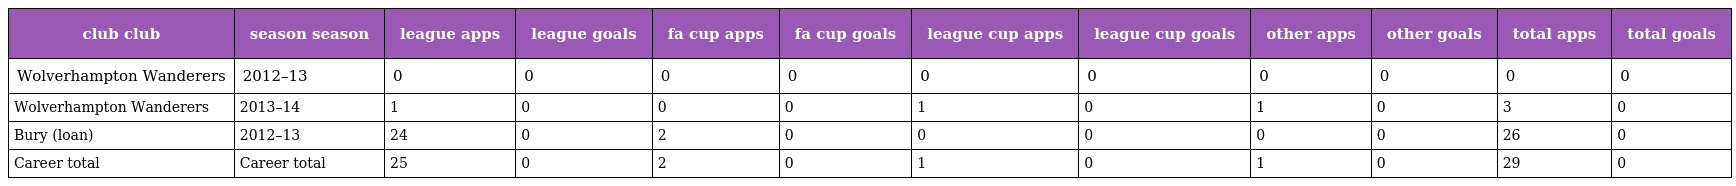
| club club | season season | league apps | league goals | fa cup apps | fa cup goals | league cup apps | league cup goals | other apps | other goals | total apps | total goals |
 | --- | --- | --- | --- | --- | --- | --- | --- | --- | --- | --- | --- |
 | Wolverhampton Wanderers | 2012–13 | 0 | 0 | 0 | 0 | 0 | 0 | 0 | 0 | 0 | 0 |
 | Wolverhampton Wanderers | 2013–14 | 1 | 0 | 0 | 0 | 1 | 0 | 1 | 0 | 3 | 0 |
 | Bury (loan) | 2012–13 | 24 | 0 | 2 | 0 | 0 | 0 | 0 | 0 | 26 | 0 |
 | Career total | Career total | 25 | 0 | 2 | 0 | 1 | 0 | 1 | 0 | 29 | 0 |